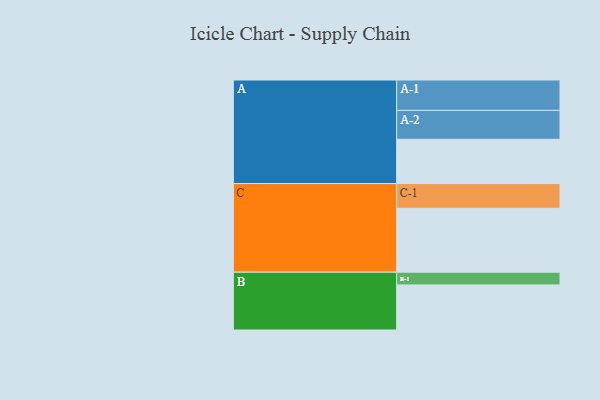
{"axis": {"x": "Segment", "y": "Value"}, "legend": ["", "A", "B", "C"], "data": [{"x": "A", "y": 383, "type": ""}, {"x": "B", "y": 390, "type": ""}, {"x": "C", "y": 553, "type": ""}, {"x": "A-1", "y": 263, "type": "A"}, {"x": "A-2", "y": 250, "type": "A"}, {"x": "B-1", "y": 110, "type": "B"}, {"x": "C-1", "y": 214, "type": "C"}]}